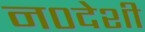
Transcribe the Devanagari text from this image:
न०देशी